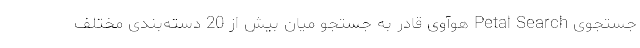
جستجوی Petal Search هوآوی قادر به جستجو میان بیش از 20 دسته‌بندی مختلف